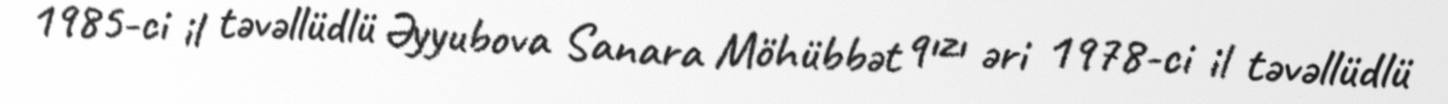
1985-ci il təvəllüdlü Əyyubova Sanara Möhübbət qızı əri 1978-ci il təvəllüdlü